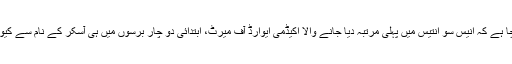
کبھی آپ نے سوچا ہے کہ انیس سو انتیس میں پہلی مرتبہ دیا جانے والا اکیڈمی ایوارڈ آف میرٹ، ابتدائی دو چار برسوں میں ہی آسکر کے نام سے کیوں جانا جانے لگا؟